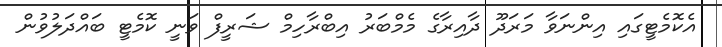
އެކޮމެޓީގައި އިންނަވާ މަރަދޫ ދާއިރާގެ މެމްބަރު އިބްރާހިމް ޝަރީފް ވަނީ ކޮމެޓީ ބައްދަލުވުން